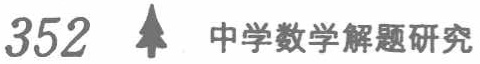
352 \  中学数学解题研究